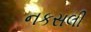
નકસલી